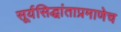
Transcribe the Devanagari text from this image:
सूर्यसिद्धांताप्रमाणेच